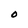
Character: O